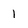
Character: l